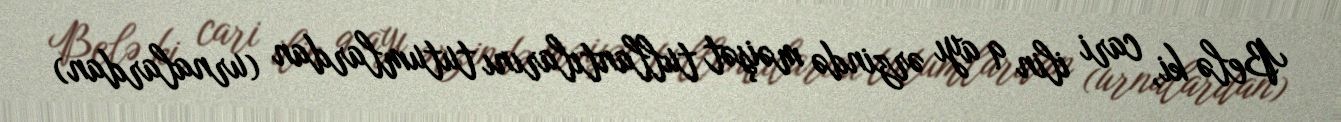
Belə ki, cari ilin 9 ayı ərzində məişət tullantılarını tutumlardan (urnalardan)